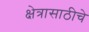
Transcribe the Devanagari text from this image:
क्षेत्रासाठीचे